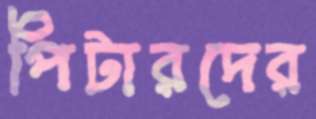
পিটারদের